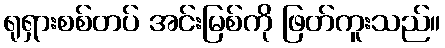
ရုရှားစစ်တပ် အင်းမြစ်ကို ဖြတ်ကူးသည်။